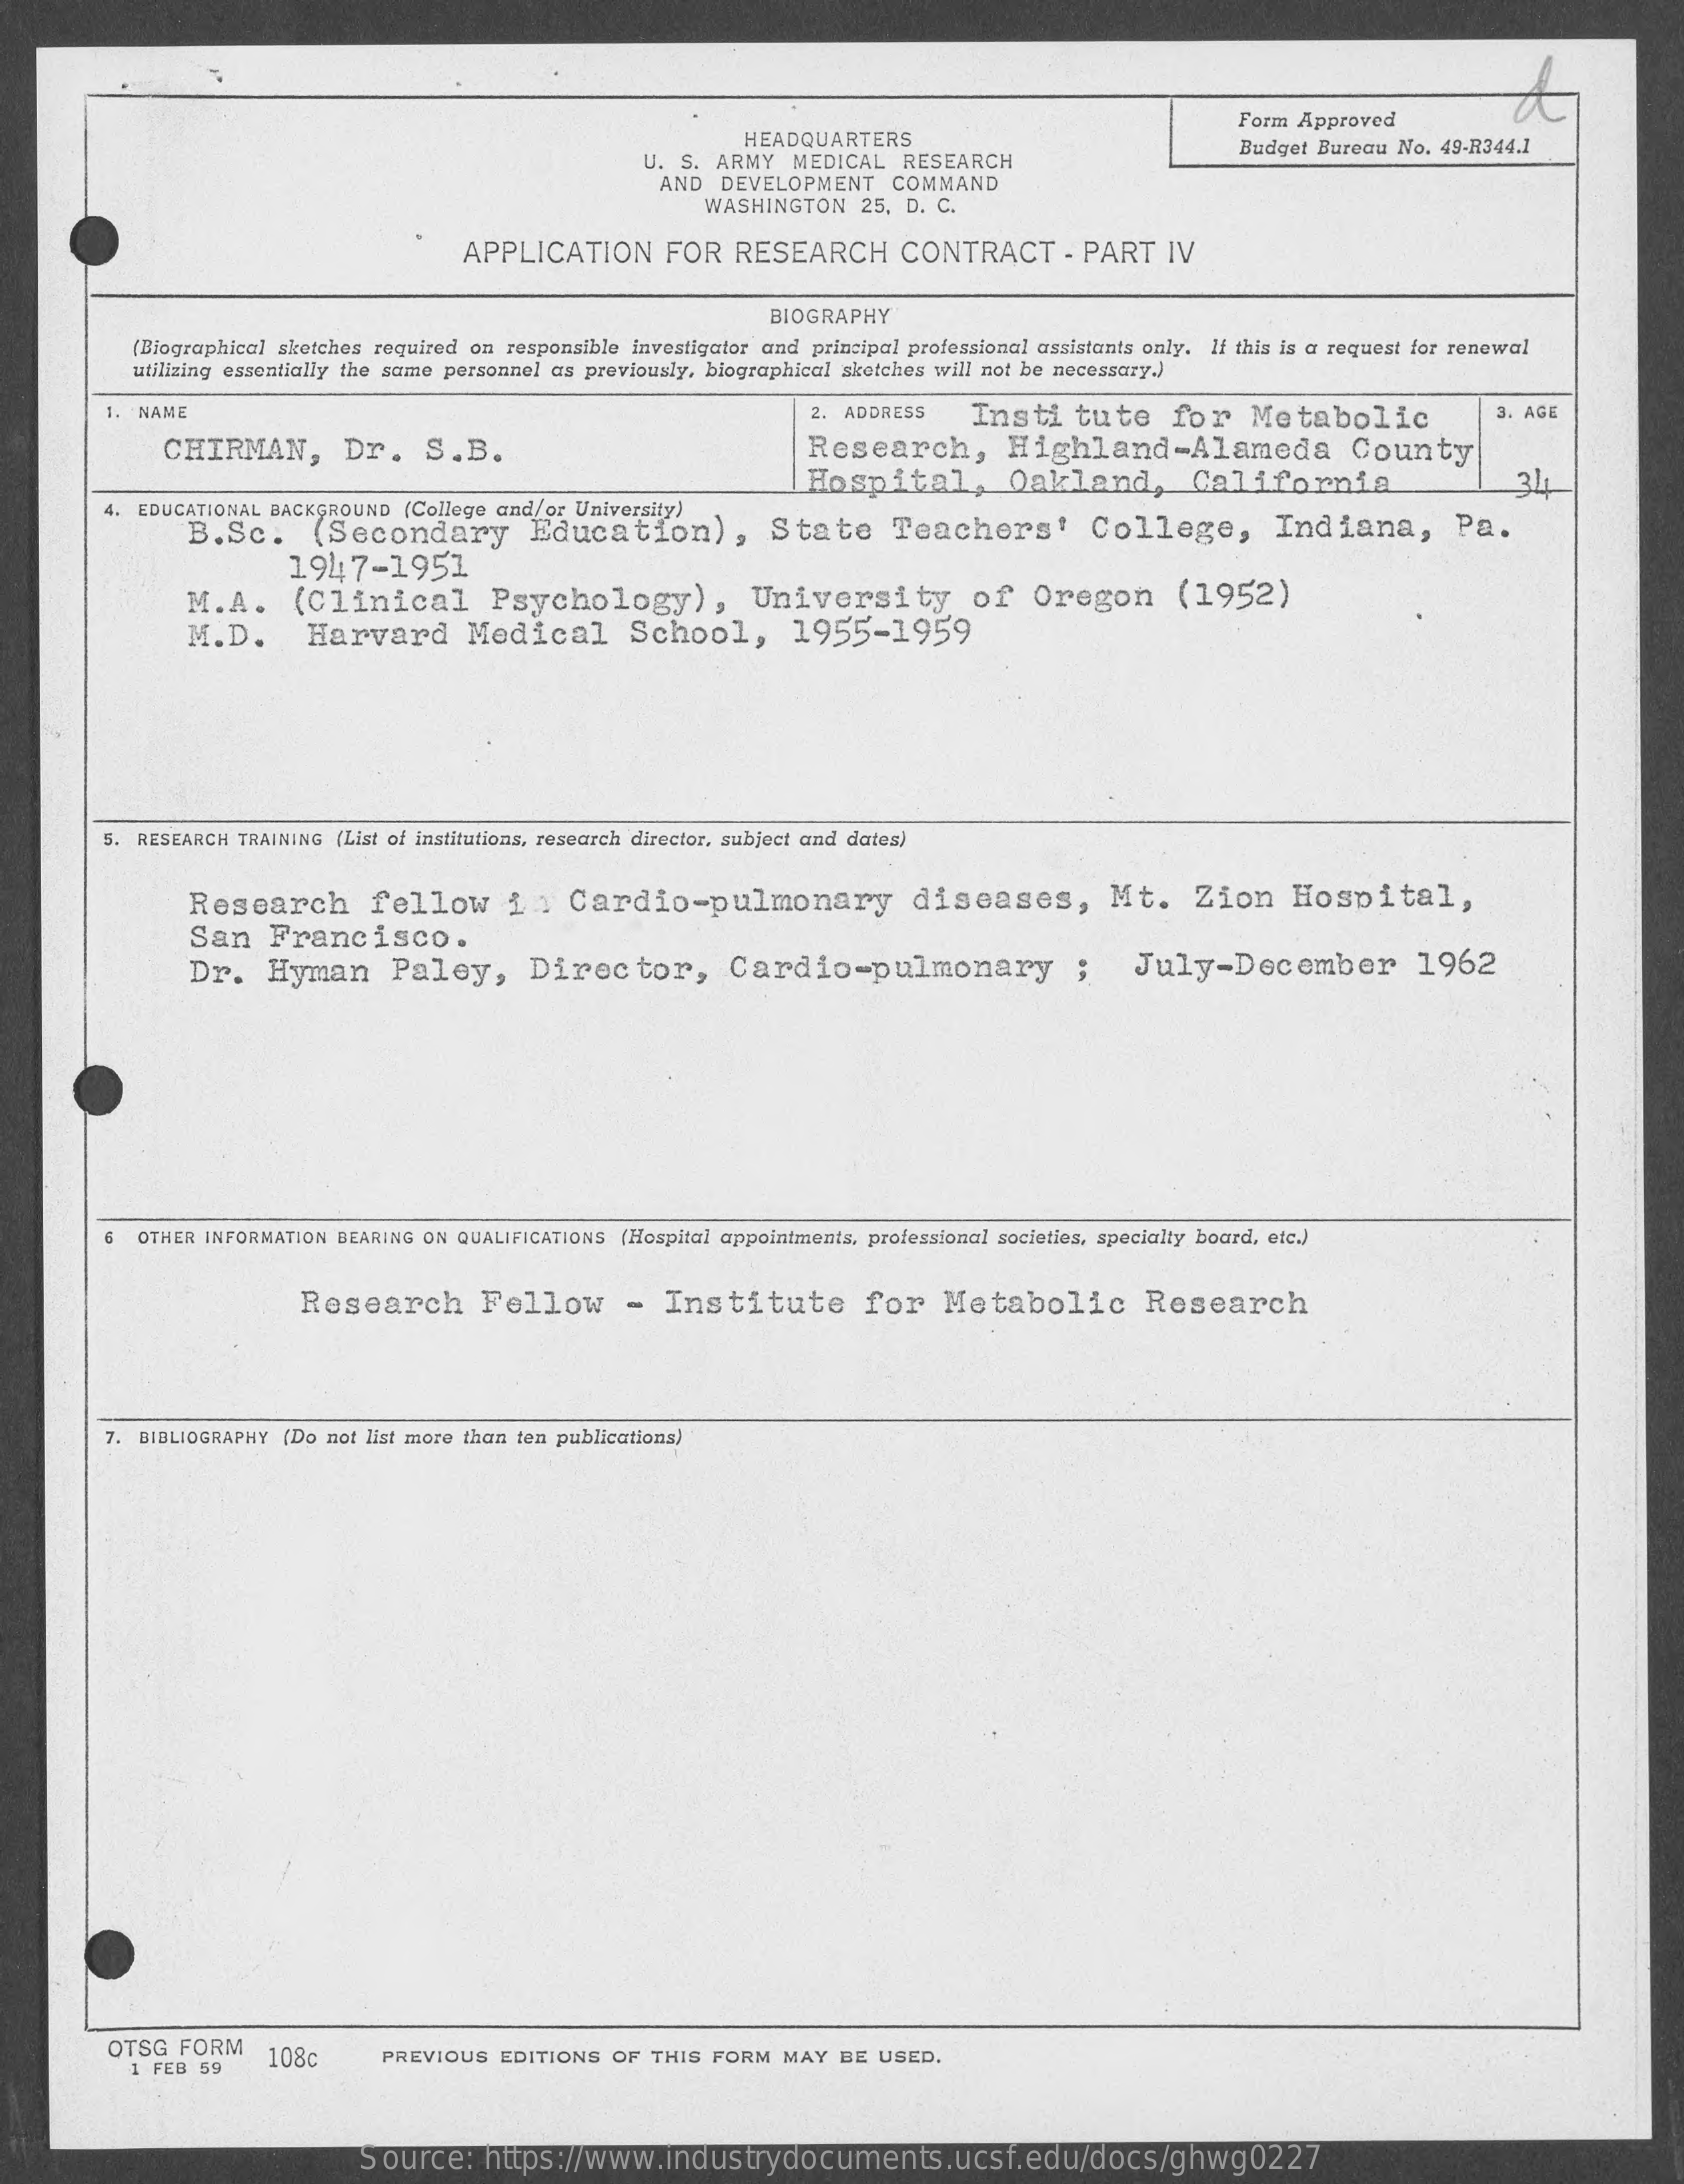
HEADQUARTERS
     Form Approved
     U. S. ARMY  MEDICAL   RESEARCH
     Budget Bureau No. 49-R344.1
     AND  DEVELOPMENT    COMMAND
     WASHINGTON   25, D. C.
     APPLICATION    FOR   RESEARCH    CONTRACT    - PART   IV
     BIOGRAPHY
     (Biographical sketches required on responsible investigator and principal professional assistants only. If this is a request for renewal
     utilizing essentially the same personnel as previously, biographical sketches will not be necessary.)
     1. NAME    2. ADDRESS    3. AGE
     CHIRMAN,    Dr.    S.B.
     Institute    for    Metabolic
     Research,    Highland-Alameda    County
     Hospital,    Oakland,    California    21
     4. EDUCATIONAL BACKGROUND (College and/or University)
     B.Sc.    (Secondary    Education),    State    Teachers'    College,    Indiana,    Pa.
     M.A.    (Clinical    Psychology),    University    of   Oregon    (1952)
     1947-1951
     M.D.    Harvard    Medical    School,    1955-1959
     5. RESEARCH TRAINING (List of institutions, research director, subject and dates)
     Research    fellow    i    Cardio-pulmonary    diseases,    Mt.    Zion    Hospital,
     San    Francisco.
     Dr.   Hyman    Paley,    Director,    Cardio-pulmonary    ;    July-December    1962
     G  OTHER INFORMATION BEARING ON QUALIFICATIONS (Hospital appointments, professional societies, specially board, etc.)
     Research    Fellow    -  Institute    for    Metabolic    Research
     7. BIBLIOGRAPHY (Do not list more than ten publications)
     OTSG  FORM
     1 FEB 59
     108c    PREVIOUS EDITIONS  OF THIS FORM  MAY  BE  USED.
     Source:    https://www.industrydocuments.ucsf.edu/docs/ghwg0227